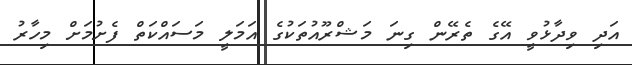
އަދި ވިދާޅުވީ އޭގެ ތެރޭން ގިނަ މަޝްރޫއުތަކުގެ އަމަލީ މަސައްކަތް ފެށުމަށް މިހާރު